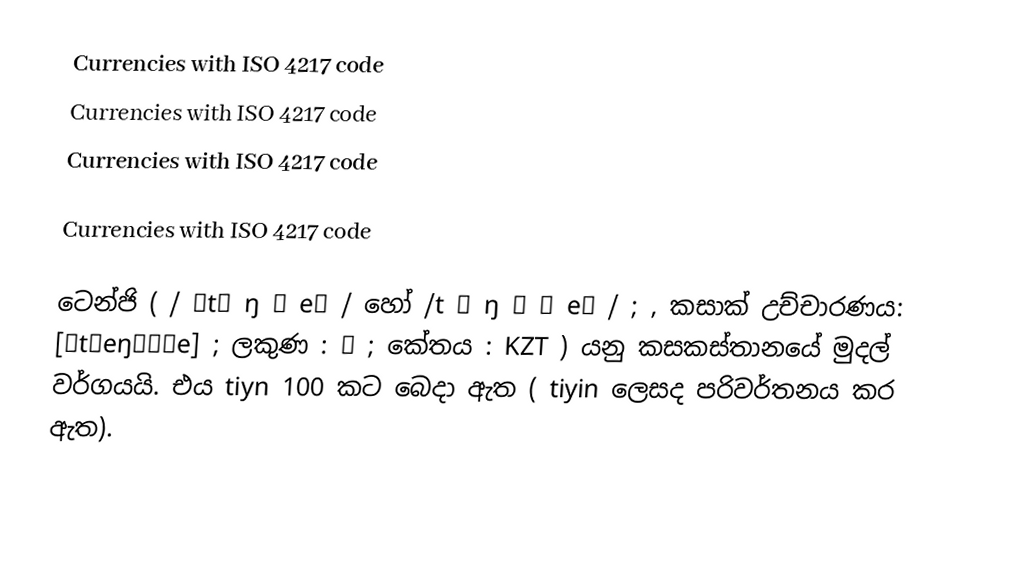
Currencies with ISO 4217 code
Currencies with ISO 4217 code
Currencies with ISO 4217 code
 
Currencies with ISO 4217 code

ටෙන්ජි ( / ˈtɛ ŋ ɡ eɪ /  හෝ /t ɛ ŋ ˈ ɡ eɪ / ;     , කසාක් උච්චාරණය: [ˌtʲeŋˈɡʲe] ; ලකුණ : ₸ ; කේතය : KZT ) යනු කසකස්තානයේ මුදල් වර්ගයයි. එය tiyn 100 කට බෙදා ඇත (    tiyin ලෙසද පරිවර්තනය කර ඇත).